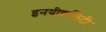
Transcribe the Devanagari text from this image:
इनयीक्वलिटी